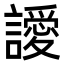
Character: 𮙀